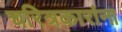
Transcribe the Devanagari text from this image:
चरित्रकारांना